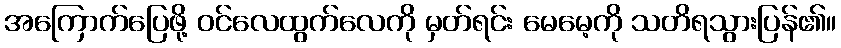
အကြောက်ပြေဖို့ ဝင်လေထွက်လေကို မှတ်ရင်း မေမေ့ကို သတိရသွားပြန်၏။